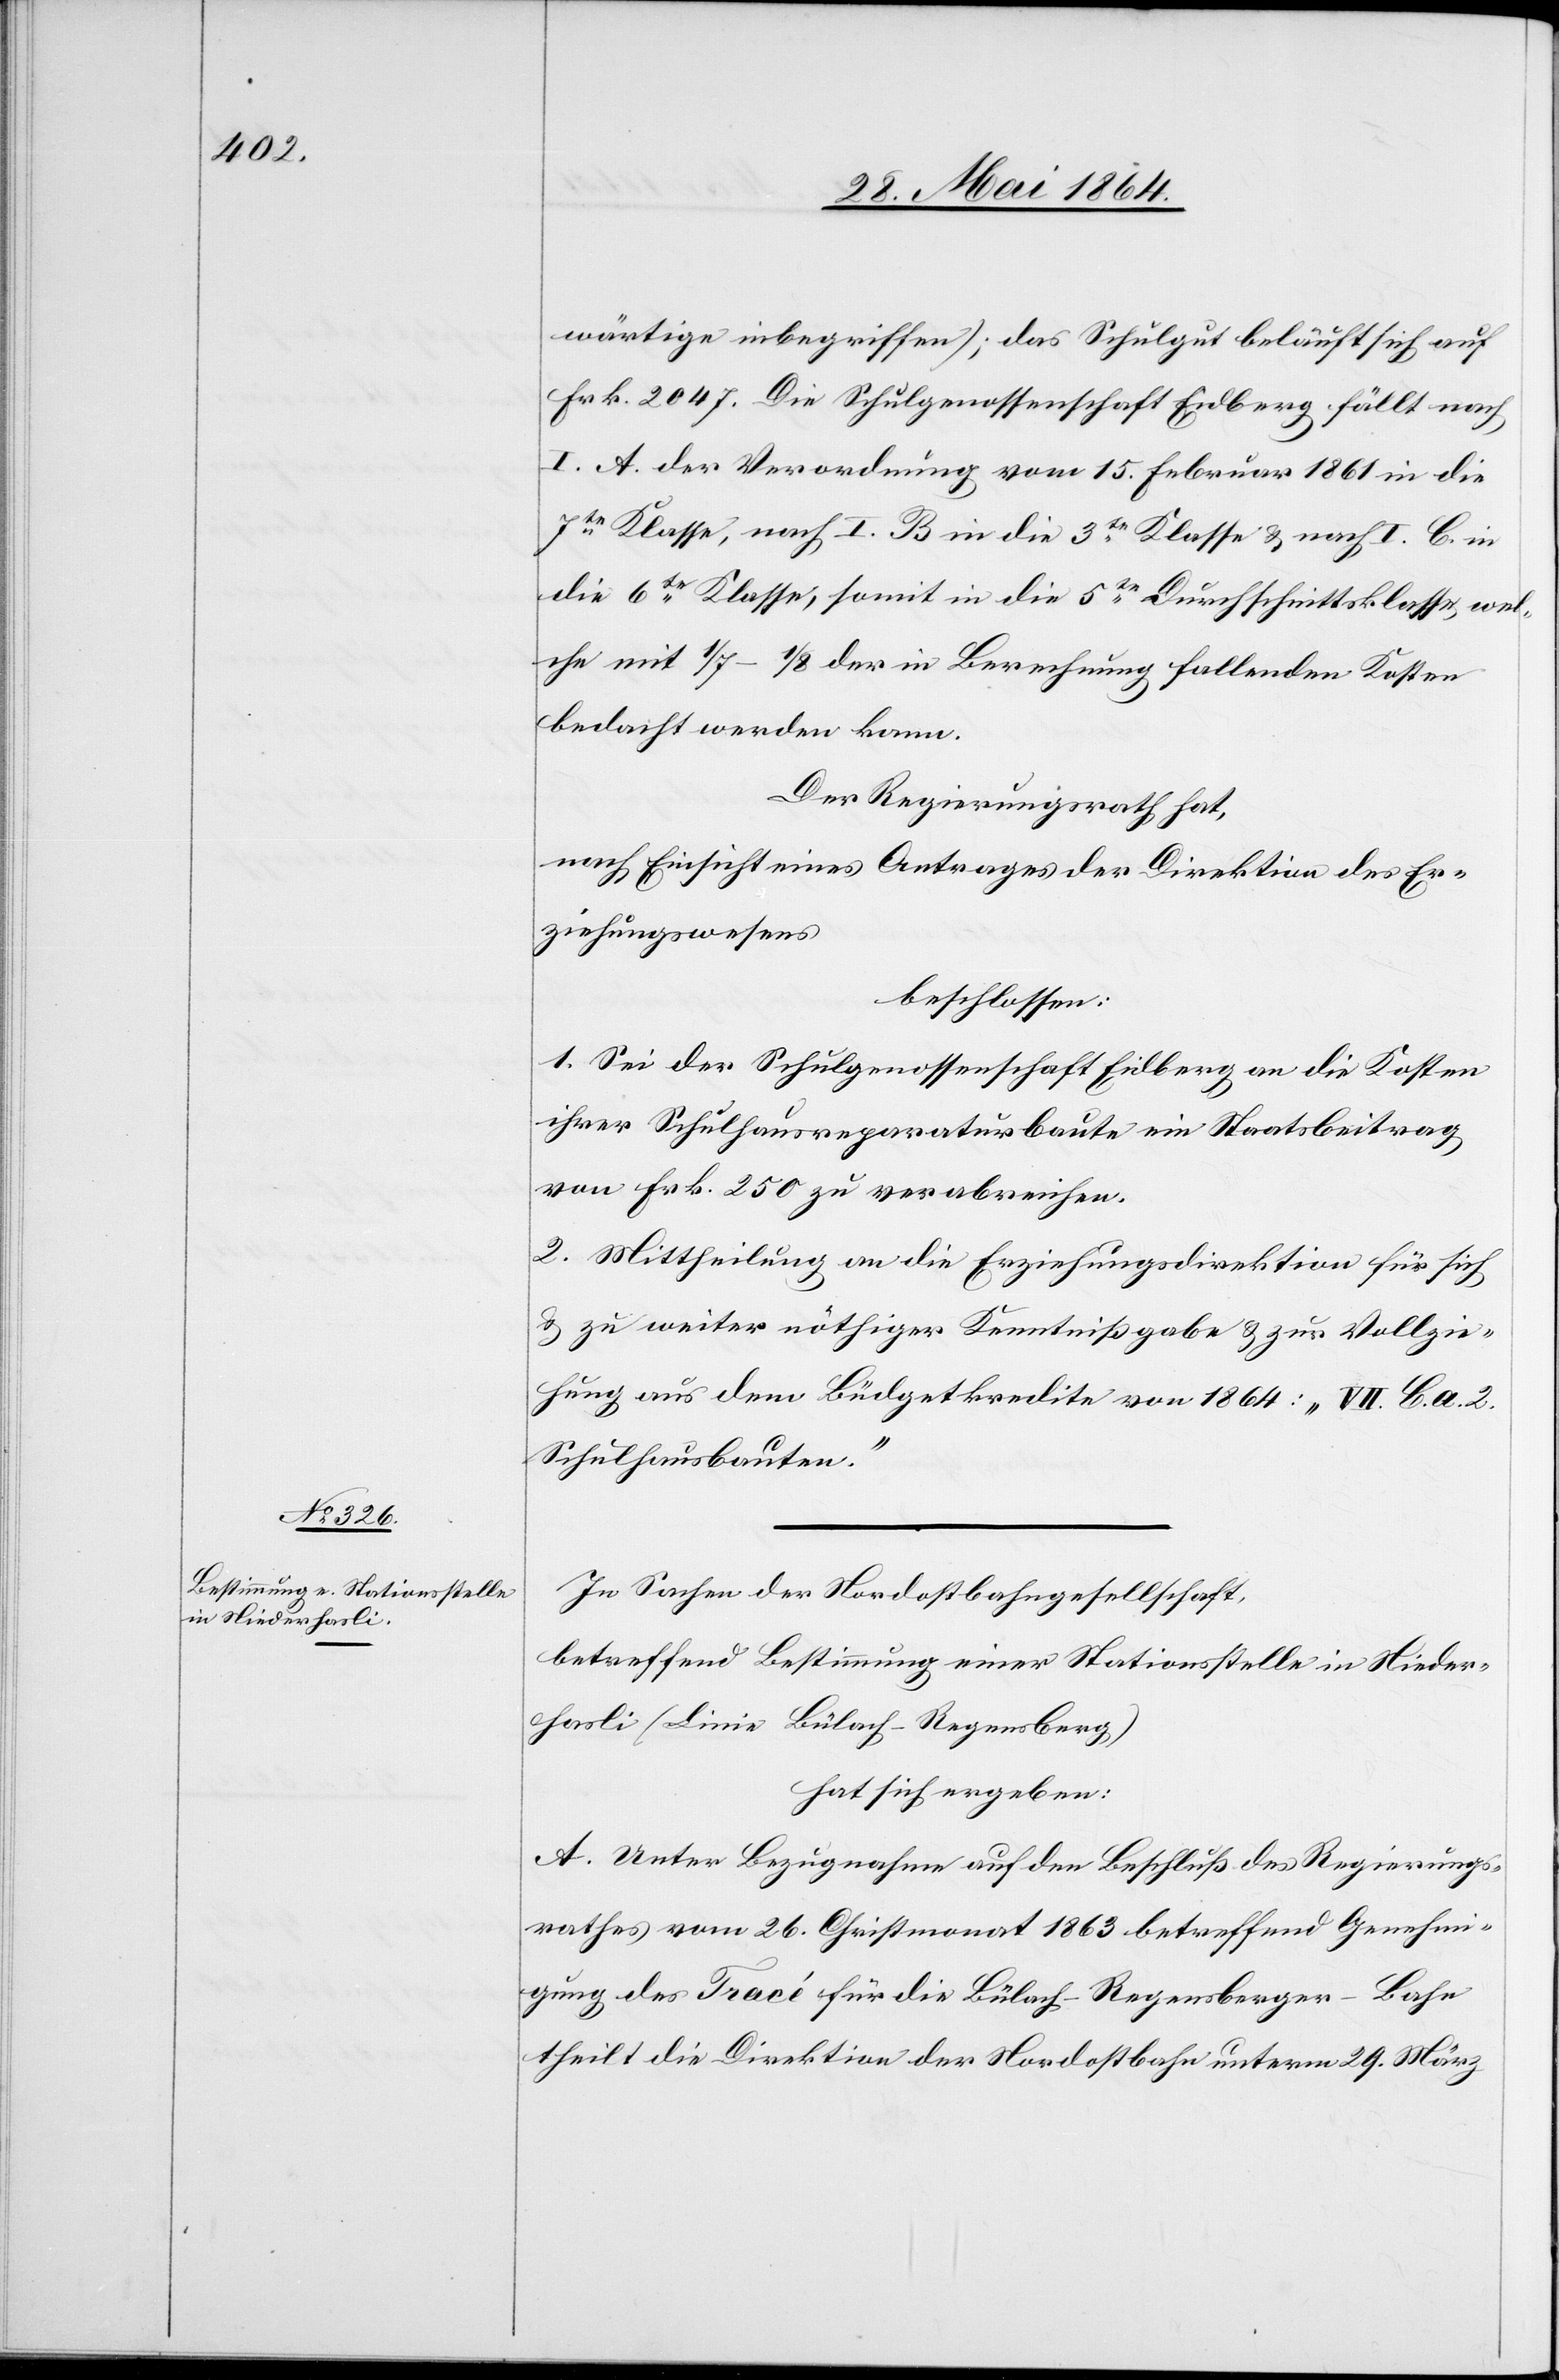
wärtige inbegriffen); das Schulgut beläuft sich auf
Frk. 2047. Die Schulgenossenschaft Eidberg fällt nach
I. A. der Verordnung vom 15. Februar 1861 in die
7te Klasse, nach I. B in die 3te Klasse u. nach I. C. in
die 6te Klasse, somit in die 5te Durchschnittsklasse, wel¬
che mit 1/7–1/8 der in Berechnung fallenden Kosten
bedacht werden kann.
Der Regierungsrath hat,
nach Einsicht eines Antrages der Direktion des Er¬
ziehungswesens
beschlossen:
1. Sei der Schulgenossenschaft Eidberg an die Kosten
ihrer Schulhausreparaturbaute ein Staatsbeitrag
von Frk. 250 zu verabreichen.
2. Mittheilung an die Erziehungsdirektion für sich
u. zu weiter nöthiger Kenntnißgabe u. zur Vollzie¬
hung aus dem Büdgetkredite von 1864: „VII. C. a. 2.
Schulhausbauten.“
In Sachen der Nordostbahngesellschaft,
betreffend Bestimmung einer Stationsstelle in Nieder¬
hasli (Linie Bülach–Regensberg)
hat sich ergeben:
A. Unter Bezugnahme auf den Beschluß des Regierungs¬
rathes vom 26. Christmonat 1863 betreffend Genehmi¬
gung des Tracé für die Bülach–Regensberger-Bahn
theilt die Direktion der Nordostbahn unterm 29. März